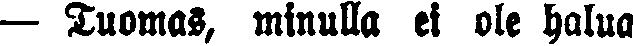
— Tuomas, minulla ei ole halua